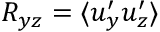
{ \cal { R } } _ { y z } = \langle { u _ { y } ^ { \prime } u _ { z } ^ { \prime } } \rangle